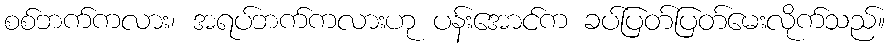
စစ်ဘက်ကလား၊ အရပ်ဘက်ကလားဟု ပန်းအောင်က ခပ်ပြတ်ပြတ်မေးလိုက်သည်။